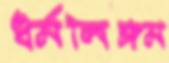
ধর্মলিঙ্গম